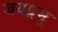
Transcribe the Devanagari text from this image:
जयप्रभू